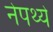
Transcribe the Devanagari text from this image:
नेपथ्ये